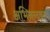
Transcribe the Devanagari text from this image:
अभिनन्दकृत